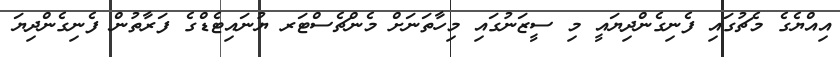
އިއްޔެގެ މެޗުގައި ފެނިގެންދިޔައީ މި ސީޒަނުގައި މިހާތަނަށް މެންޗެސްޓަރ ޔުނައިޓެޑްގެ ފަރާތުން ފެނިގެންދިޔަ